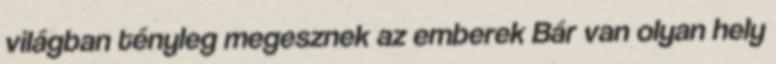
világban tényleg megesznek az emberek Bár van olyan hely